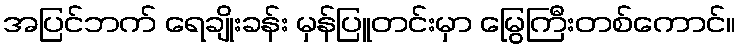
အပြင်ဘက် ရေချိုးခန်း မှန်ပြူတင်းမှာ မြွေကြီးတစ်ကောင်။